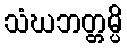
သံဃဘတ္တမ္ပိ